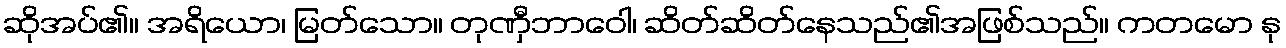
ဆိုအပ်၏။ အရိယော၊ မြတ်သော။ တုဏှီဘာဝေါ၊ ဆိတ်ဆိတ်နေသည်၏အဖြစ်သည်။ ကတမော နု